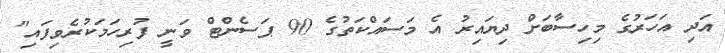
އަދި އަހަރުގެ މިހިސާބަށް ދިޔައިރު އެ މަސައްކަތުގެ 90 ޕަސެންޓް ވަނީ ފުރިހަމަކުރެވިފައި"